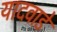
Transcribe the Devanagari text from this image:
यादवाडे